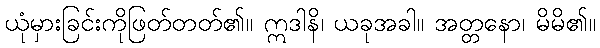
ယုံမှားခြင်းကိုဖြတ်တတ်၏။ ဣဒါနိ၊ ယခုအခါ။ အတ္တနော၊ မိမိ၏။